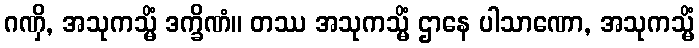
ဂဏှိ, အသုကသ္မိံ ဒက္ခိဏံ။ တဿ အသုကသ္မိံ ဌာနေ ပါသာဏော, အသုကသ္မိံ